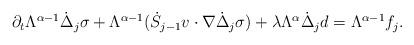
LaTeX: \begin{align*}\begin{aligned} \partial_t \Lambda^{\alpha-1} \dot{\Delta}_j \sigma+\Lambda^{\alpha-1}(\dot S_{j-1} v \cdot\nabla \dot{\Delta}_j \sigma) + \lambda \Lambda^\alpha {\dot{\Delta}_j d} = \Lambda^{\alpha-1} f_j.\end{aligned}\end{align*}